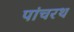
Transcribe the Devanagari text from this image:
पांचरथ